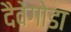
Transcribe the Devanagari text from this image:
दैवेगोडा